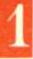
1